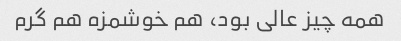
همه چیز عالی بود، هم خوشمزه هم گرم